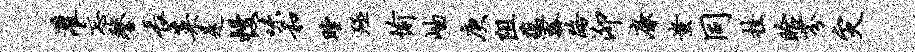
灌忘鏊长菜是幔味和瞠殛愉岫庚阻蕴瓢路泖廉蚩同挂眙芬灾